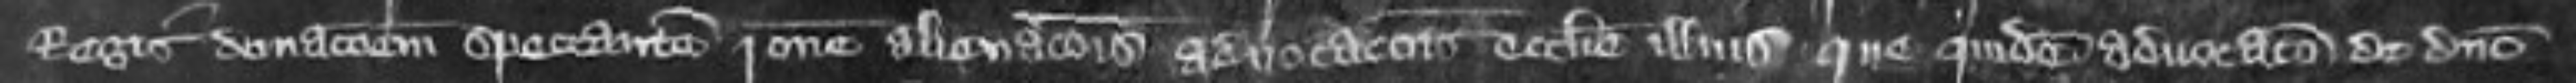
Regis donacionem spectantem ratione alienationis advocationis ecclesie illius que quidem advocatio de domino